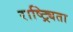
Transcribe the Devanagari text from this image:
राष्ट्र्यिता